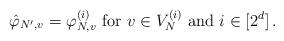
LaTeX: \begin{align*}\hat \varphi_{N', v} = \varphi_{N, v}^{(i)} \mbox{ for } v\in V_N^{(i)} \mbox{ and } i\in [2^d]\,.\end{align*}